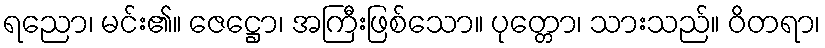
ရညော၊ မင်း၏။ ဇေဋ္ဌော၊ အကြီးဖြစ်သော။ ပုတ္တော၊ သားသည်။ ဝိတရာ၊